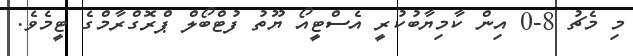
މި މެޗު 8-0 އިން ކާމިޔާބުކުރީ އެސްޓީއޯ ޔޫތު ފުޓްބޯލް ޕްރޮގްރާމްގެ ޓީމެވެ.